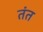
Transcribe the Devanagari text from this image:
तंत